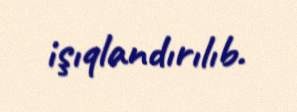
işıqlandırılıb.